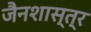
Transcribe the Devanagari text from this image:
जैनशास्त्र